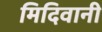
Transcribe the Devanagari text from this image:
मिदिवानी